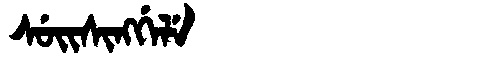
Manchu: ᠰᡠᡳᠰᡳᠩᡤᡝᠯᡝ
Romanization: SUISINGGELE